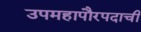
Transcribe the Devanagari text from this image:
उपमहापौरपदाची